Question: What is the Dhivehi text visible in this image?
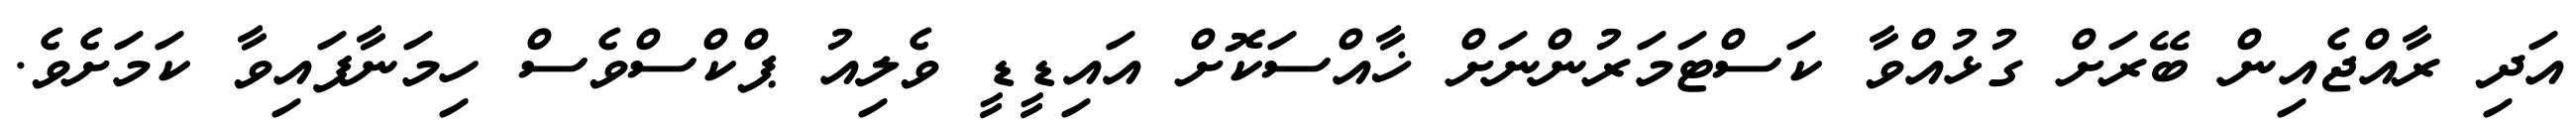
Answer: އަދި ރާއްޖެއިން ބޭރަށް ގުޅުއްވާ ކަސްޓަމަރުންނަށް ޚާއްސަކޮށް އައިޑީޑީ ވެލިއު ޕްކްސްވެސް ހިމަނާފައިވާ ކަމަށެވެ.